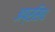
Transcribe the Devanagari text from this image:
अप्रसिध